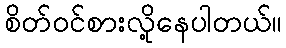
စိတ်ဝင်စားလို့နေပါတယ်။